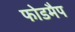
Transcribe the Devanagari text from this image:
फोडमैप